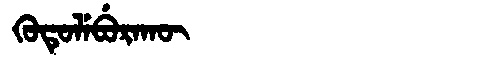
Manchu: ᡴᡠᡨᡠᠯᡝᠪᡠᡵᠠᡴᡡ
Romanization: KUTULEBURAKŪ